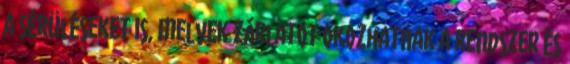
a sérüléseket is, melyek zárlatot okozhatnak a rendszer és